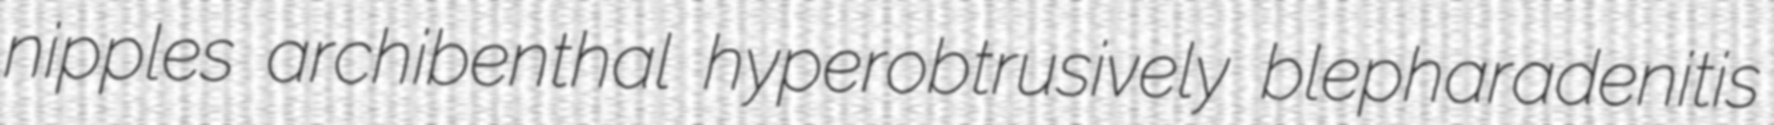
nipples archibenthal hyperobtrusively blepharadenitis